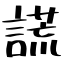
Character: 謊